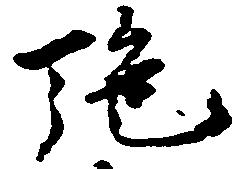
施